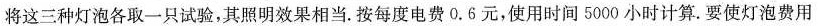
将这三种灯泡各取一只试验，其照明效果相当。按每度电费0.6元，使用时间5000小时计算. 要使灯泡费用